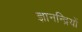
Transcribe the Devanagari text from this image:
ज्ञानन्द्रियों